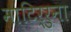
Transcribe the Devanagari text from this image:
माटिर्रुना